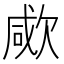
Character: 㰹